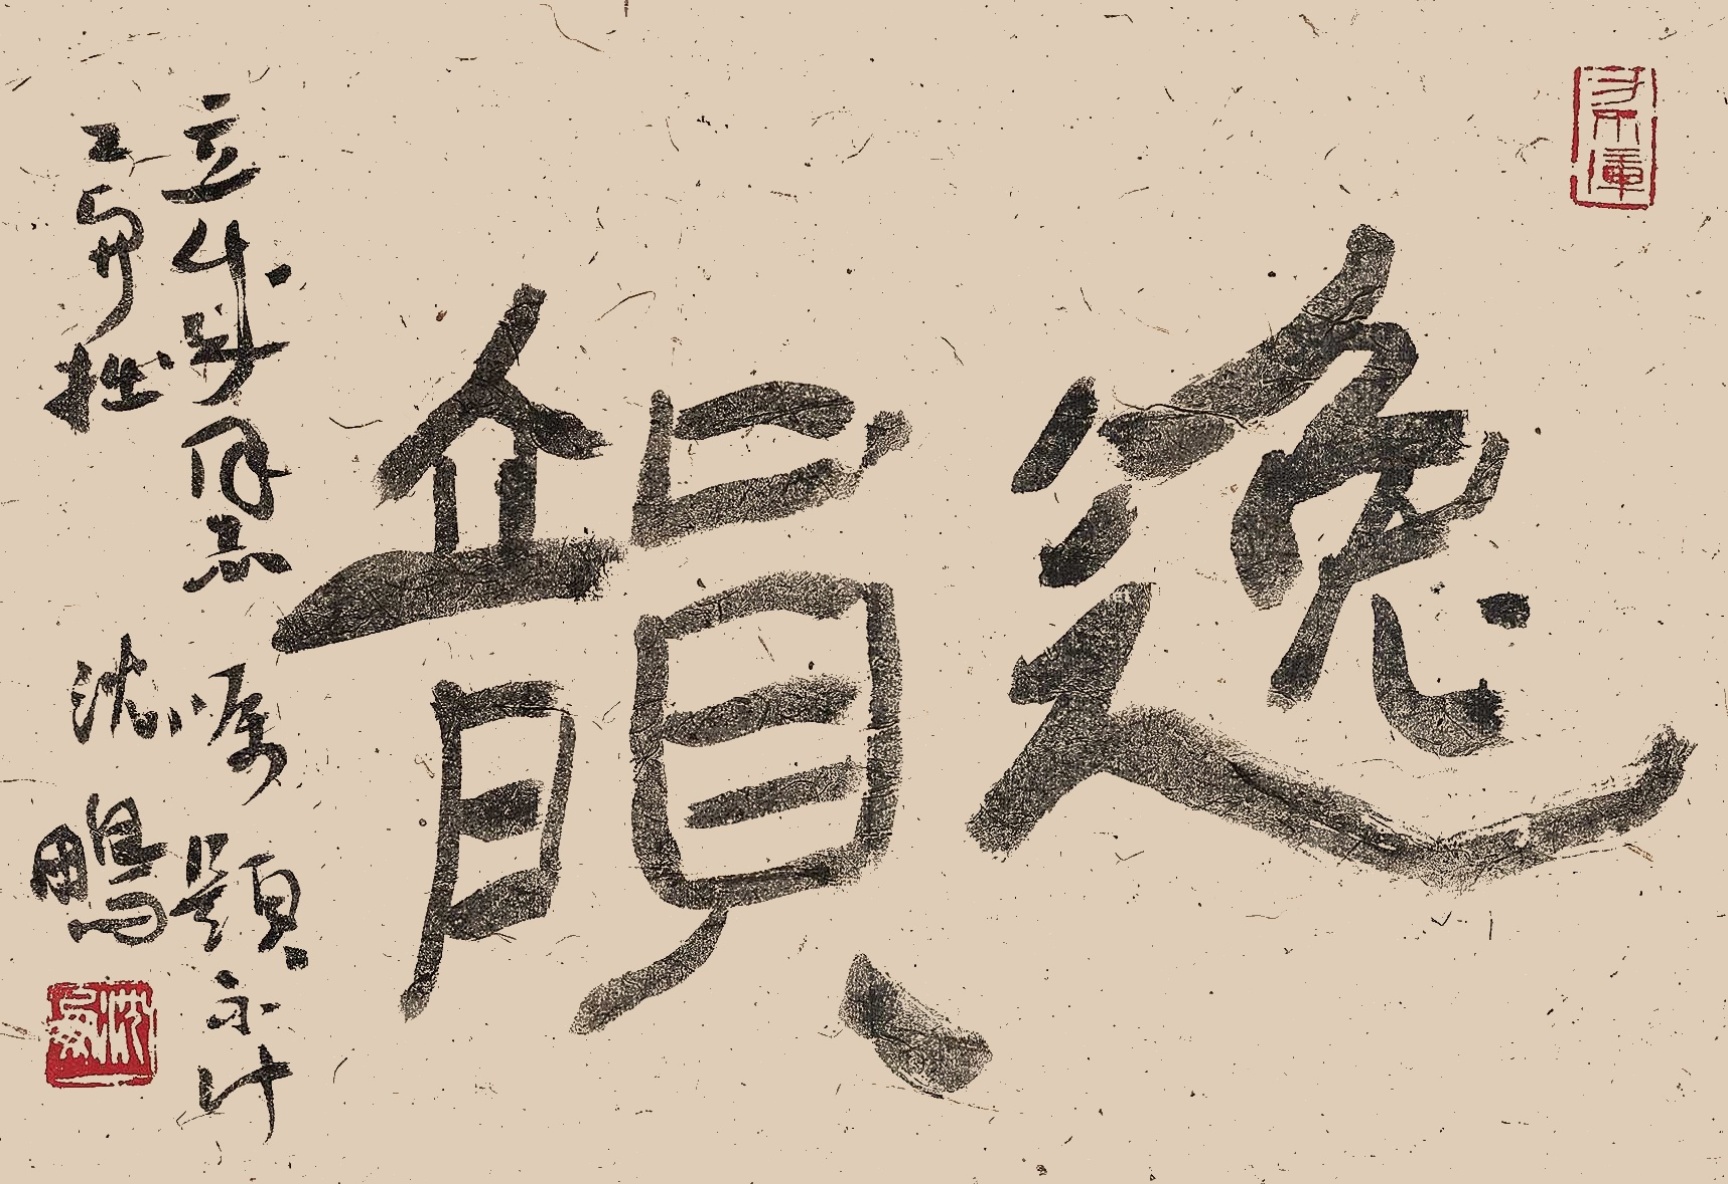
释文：逸韵。立成同志嘱题。不计工与拙，沈鹏。